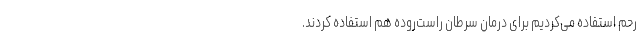
رحم استفاده می‌کردیم برای درمان سرطان راست‌روده هم استفاده کردند.